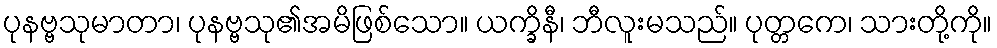
ပုနဗ္ဗသုမာတာ၊ ပုနဗ္ဗသု၏အမိဖြစ်သော။ ယက္ခိနီ၊ ဘီလူးမသည်။ ပုတ္တကေ၊ သားတို့ကို။